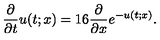
\frac { \partial } { \partial t } u ( t ; x ) = 1 6 \frac { \partial } { \partial x } e ^ { - u ( t ; x ) } .